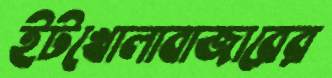
ইটখোলাবাজারের